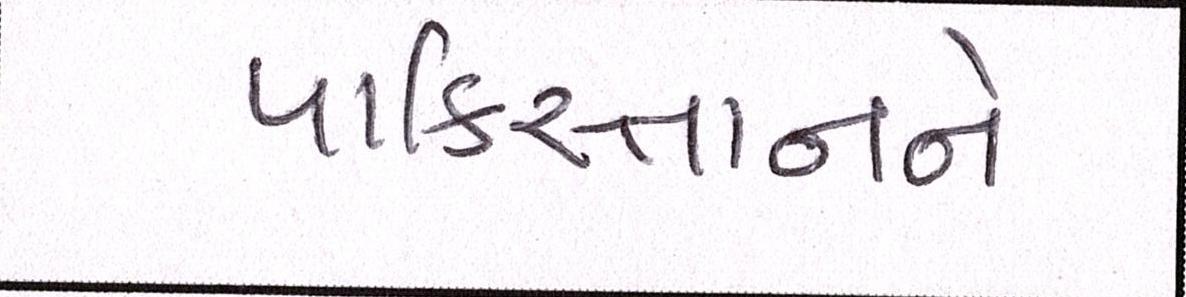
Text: પાકિસ્તાનને